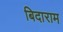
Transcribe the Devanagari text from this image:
बिदाराम